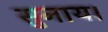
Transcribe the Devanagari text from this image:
सुनाय।